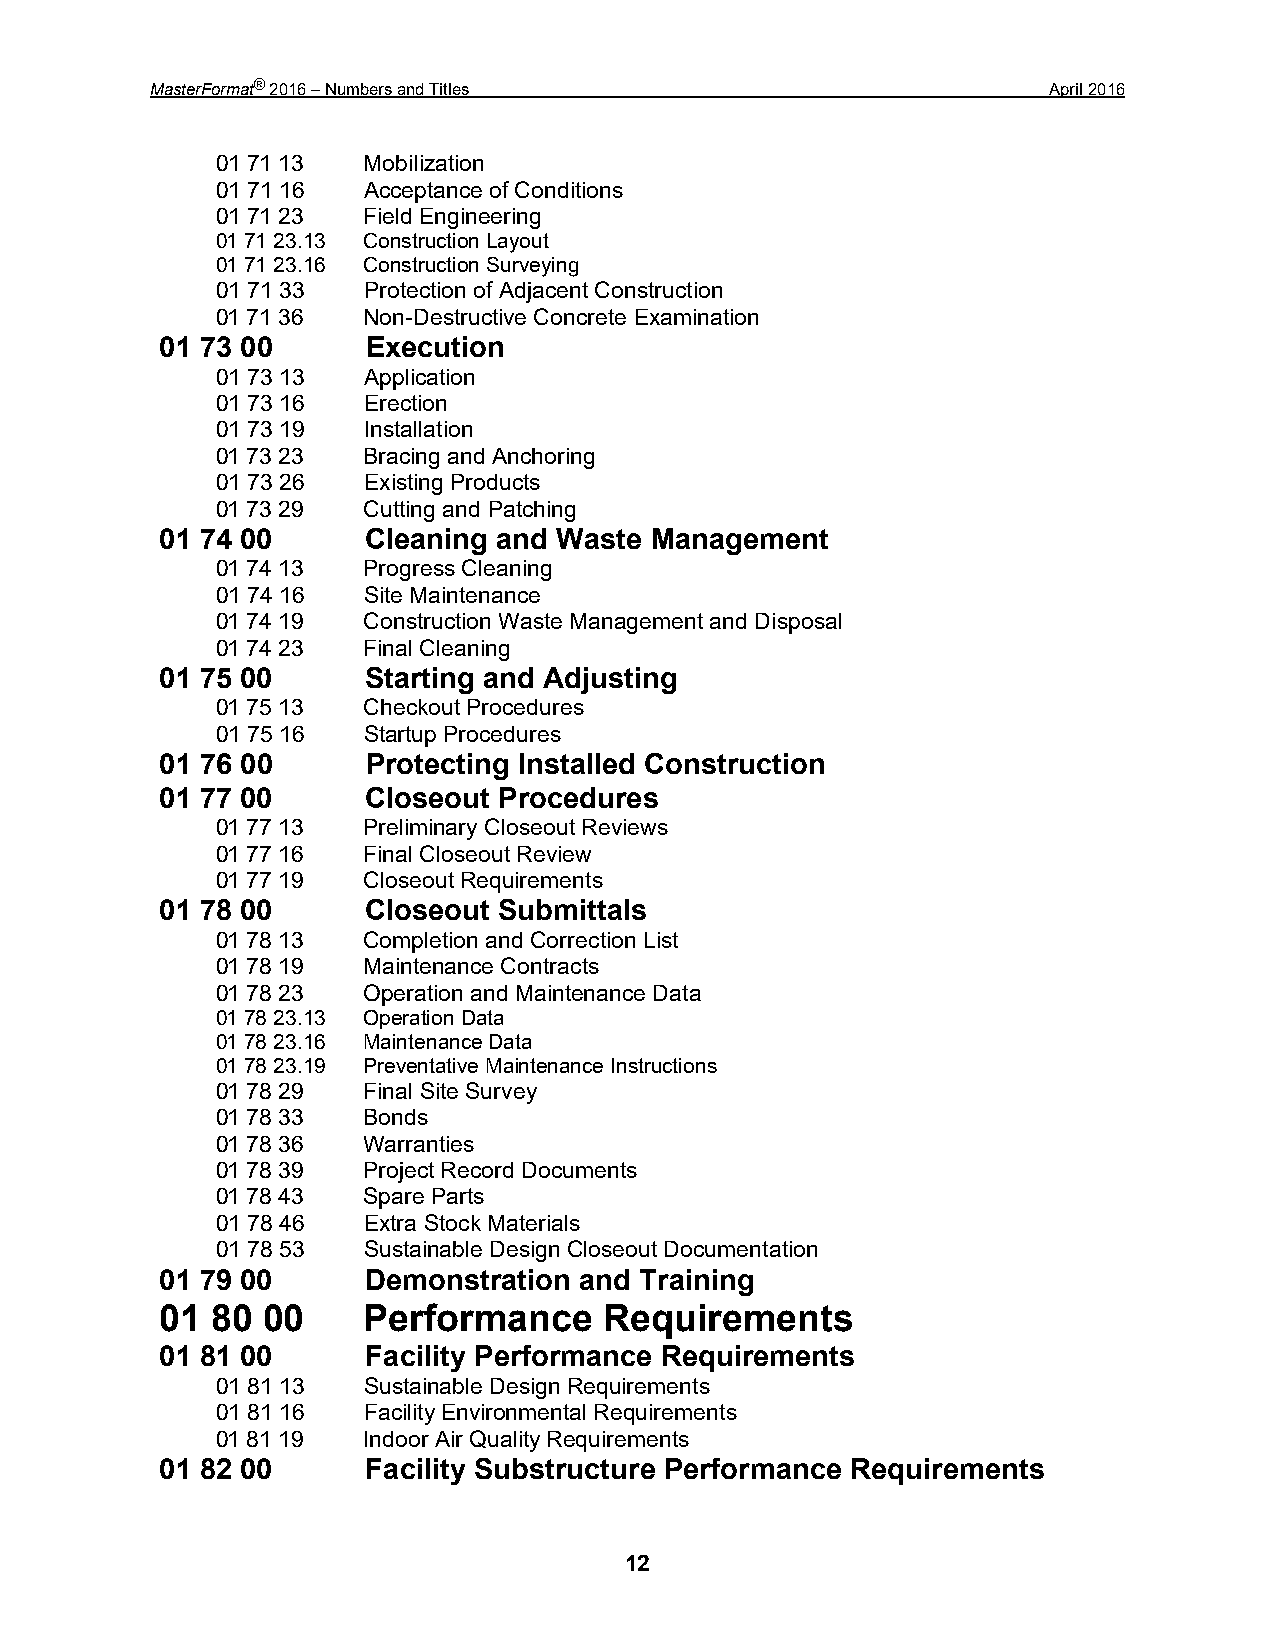
MasterFormat® 2016 – Numbers and Titles                     April 2016
 01 71 13  Mobilization
 01 71 16  Acceptance of Conditions
 01 71 23  Field Engineering
 01 71 23.13 Construction Layout
 01 71 23.16 Construction Surveying
 01 71 33  Protection of Adjacent Construction
 01 71 36  Non-Destructive Concrete Examination
 01 73 00     Execution
 01 73 13  Application
 01 73 16  Erection
 01 73 19  Installation
 01 73 23  Bracing and Anchoring
 01 73 26  Existing Products
 01 73 29  Cutting and Patching
 01 74 00     Cleaning and Waste Management
 01 74 13  Progress Cleaning
 01 74 16  Site Maintenance
 01 74 19  Construction Waste Management and Disposal
 01 74 23  Final Cleaning
 01 75 00     Starting and Adjusting
 01 75 13  Checkout Procedures
 01 75 16  Startup Procedures
 01 76 00     Protecting Installed Construction
 01 77 00     Closeout Procedures
 01 77 13  Preliminary Closeout Reviews
 01 77 16  Final Closeout Review
 01 77 19  Closeout Requirements
 01 78 00     Closeout Submittals
 01 78 13  Completion and Correction List
 01 78 19  Maintenance Contracts
 01 78 23  Operation and Maintenance Data
 01 78 23.13 Operation Data
 01 78 23.16 Maintenance Data
 01 78 23.19 Preventative Maintenance Instructions
 01 78 29  Final Site Survey
 01 78 33  Bonds
 01 78 36  Warranties
 01 78 39  Project Record Documents
 01 78 43  Spare Parts
 01 78 46  Extra Stock Materials
 01 78 53  Sustainable Design Closeout Documentation
 01 79 00     Demonstration and Training
 01 80 00     Performance     Requirements
 01 81 00     Facility Performance Requirements
 01 81 13  Sustainable Design Requirements
 01 81 16  Facility Environmental Requirements
 01 81 19  Indoor Air Quality Requirements
 01 82 00     Facility Substructure Performance Requirements
 12